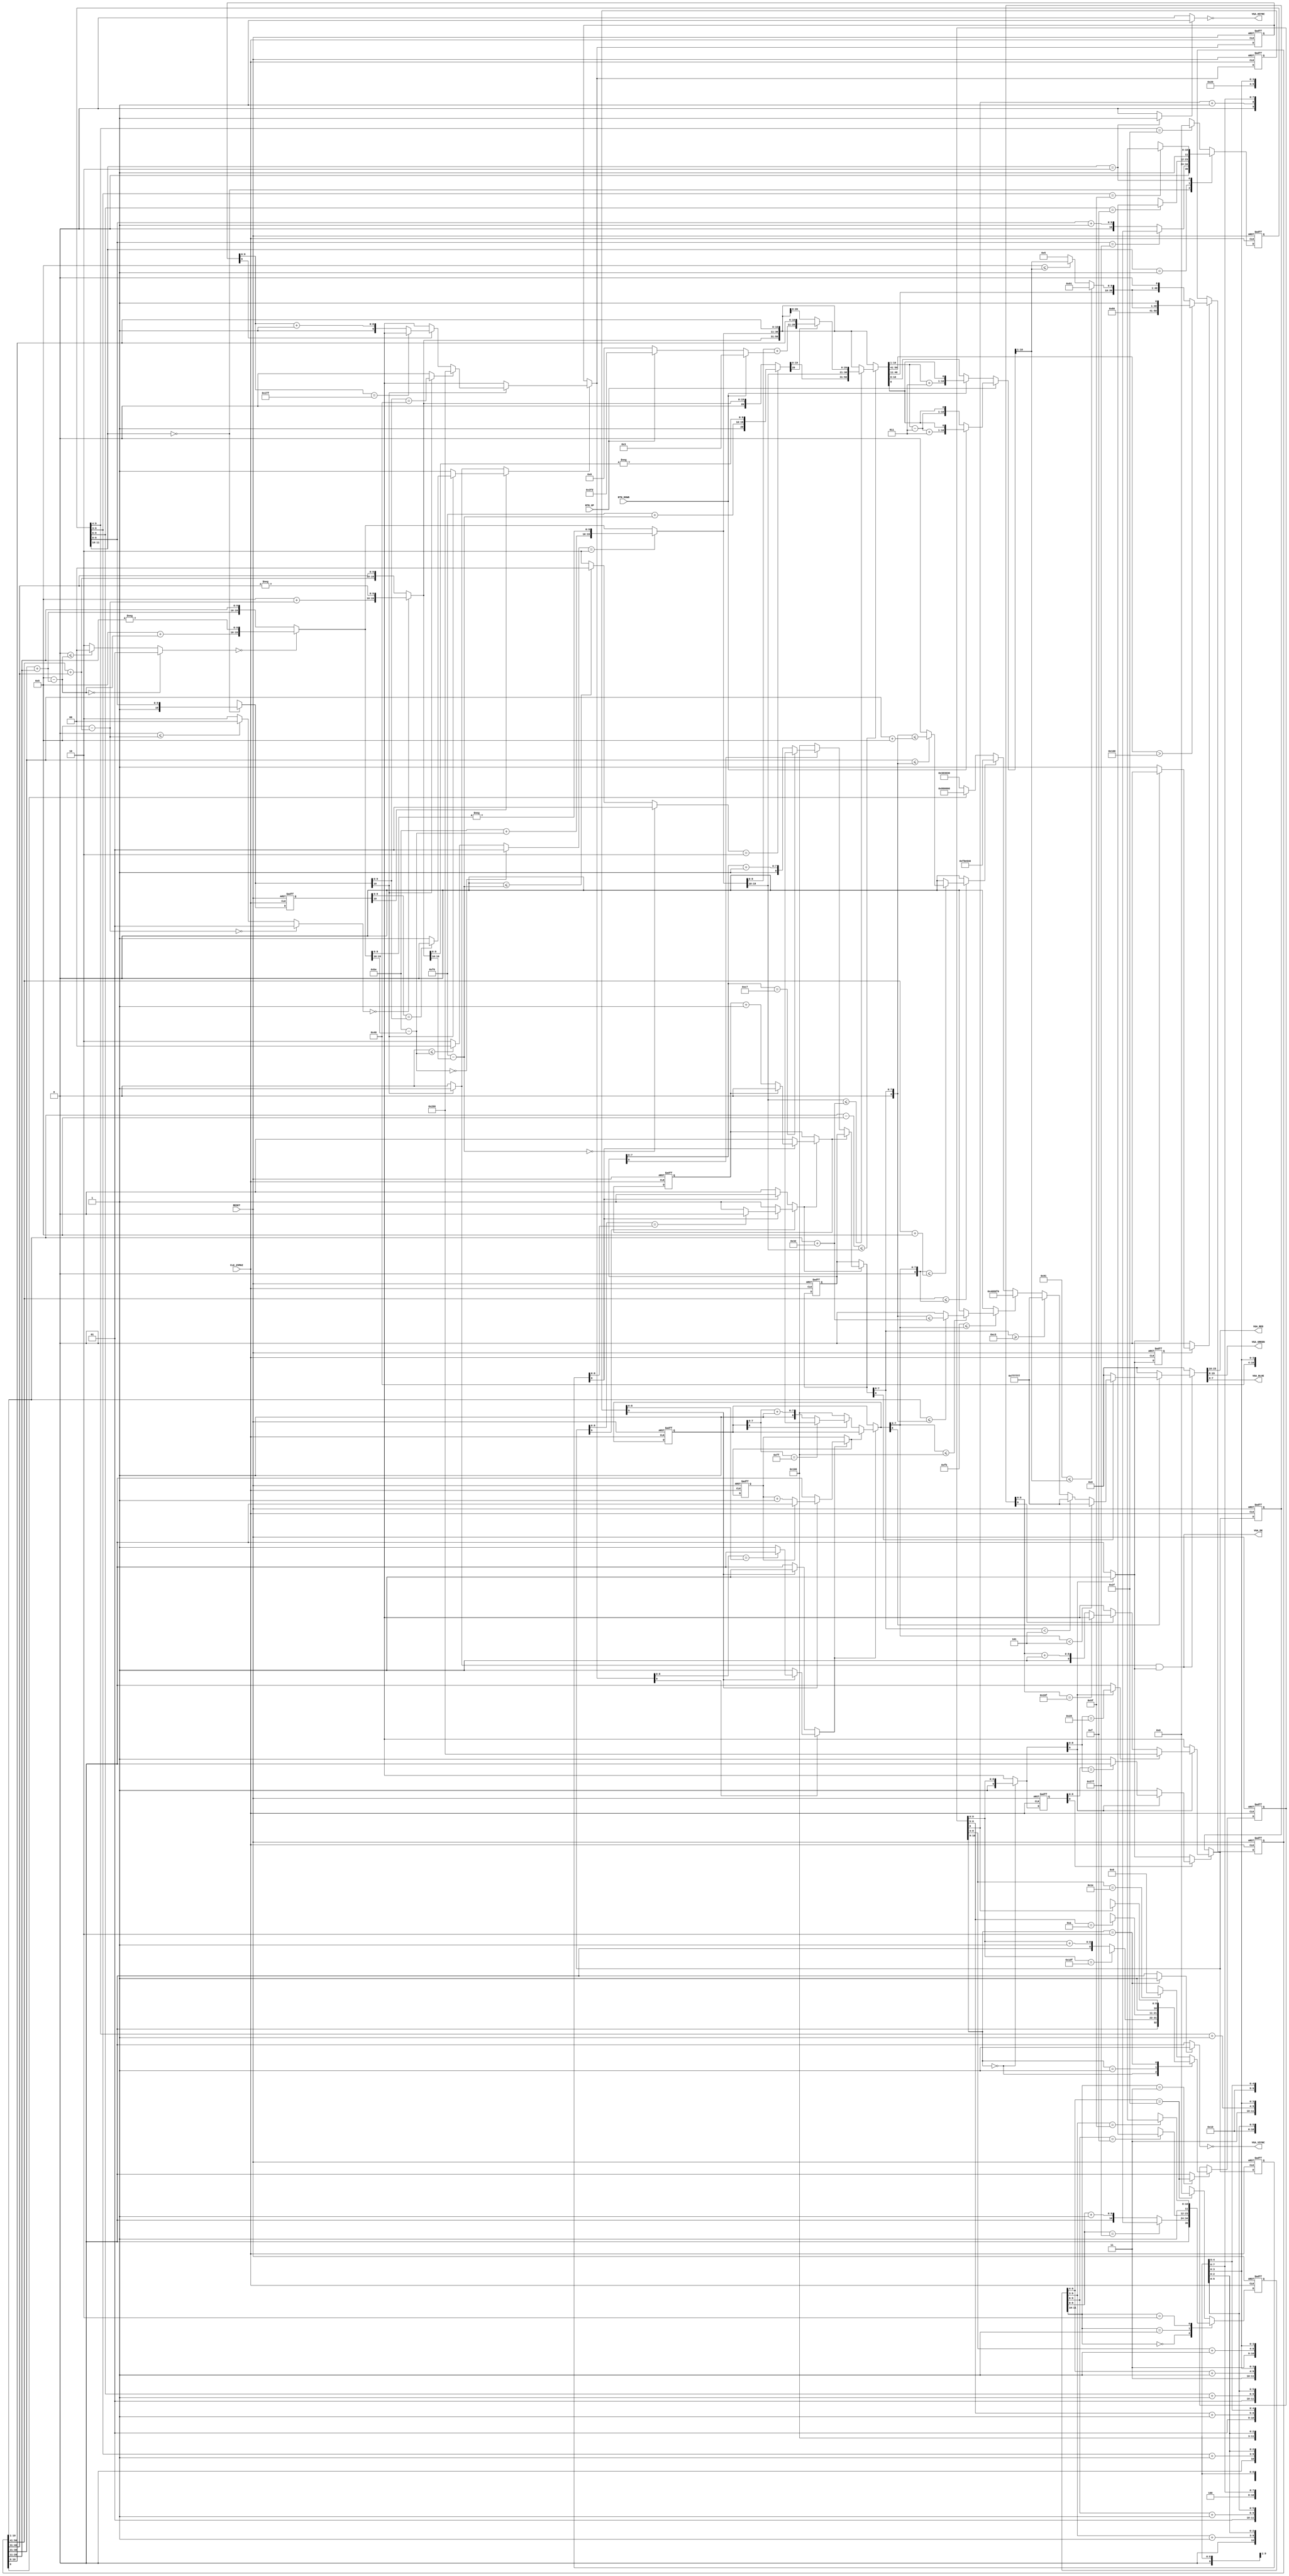
/* AUTOMATICALLY GENERATED VERILOG-2001 SOURCE CODE.
** GENERATED BY CLASH 1.4.3. DO NOT MODIFY.
*/
`timescale 100fs/100fs
module topEntity
    ( // Inputs
      input  CLK_25MHZ // clock
    , input  RESET // reset
    , input  BTN_UP
    , input  BTN_DOWN

      // Outputs
    , output wire  VGA_HSYNC
    , output wire  VGA_VSYNC
    , output wire  VGA_DE
    , output wire [7:0] VGA_RED
    , output wire [7:0] VGA_GREEN
    , output wire [7:0] VGA_BLUE
    );
  wire [23:0] result;
  wire  c$app_arg;
  reg [9:0] vgaY;
  wire  c$app_arg_0;
  reg [10:0] vgaX;
  wire [0:0] c$app_arg_1;
  reg  eta;
  wire [0:0] c$app_arg_2;
  reg  eta_0;
  wire [8:0] coord;
  reg  result_0;
  wire [10:0] c$case_alt;
  wire [10:0] c$case_alt_0;
  wire [10:0] c$case_alt_1;
  wire [10:0] c$case_alt_2;
  reg [10:0] result_1;
  reg [11:0] result_2;
  wire [5:0] cnt;
  wire [11:0] c$case_alt_3;
  wire [6:0] cnt_0;
  wire [11:0] c$case_alt_4;
  wire [3:0] cnt_1;
  wire [11:0] c$case_alt_5;
  wire [9:0] cnt_2;
  wire [11:0] c$case_alt_6;
  reg [11:0] result_3 = {2'b00,10'd0};
  wire [5:0] cnt_3;
  wire [8:0] cnt_4;
  wire [3:0] cnt_5;
  wire [0:0] cnt_6;
  wire [4:0] cnt_7;
  reg [10:0] result_4 = {2'b00,9'd0};
  wire [9:0] coord_0;
  reg [11:0] result_5;
  wire [5:0] cnt_8;
  wire [11:0] c$case_alt_7;
  wire [6:0] cnt_9;
  wire [11:0] c$case_alt_8;
  wire [3:0] cnt_10;
  wire [11:0] c$case_alt_9;
  wire [9:0] cnt_11;
  wire [11:0] c$case_alt_10;
  reg [11:0] result_6 = {2'b00,10'd0};
  reg [10:0] c$b_app_arg = {1'b0,10'bxxxxxxxxxx};
  wire  c$case_alt_11;
  wire  c$case_alt_12;
  wire  c$case_alt_13;
  wire [9:0] a1;
  wire [9:0] b1;
  wire  result_7;
  wire [9:0] c$f2_case_alt;
  wire  c$f2_case_scrut;
  wire [9:0] c$f2_case_alt_0;
  wire [9:0] result_8;
  wire [9:0] result_9;
  wire [8:0] x;
  reg [9:0] r = {1'b0,9'bxxxxxxxxx};
  wire [9:0] a1_0;
  wire  b;
  wire  b_0;
  wire [9:0] f2;
  wire [10:0] result_10;
  wire [1:0] result_11;
  wire  b_1;
  wire [7:0] x_0;
  reg [8:0] scaled = {1'b0,8'bxxxxxxxx};
  wire [8:0] result_12;
  wire [8:0] result_13;
  wire  b_2;
  wire [8:0] c$f2_case_alt_1;
  wire [8:0] c$f2_case_alt_2;
  reg [0:0] counter = 1'd0;
  wire [0:0] result_14;
  wire  b_3;
  wire  c$case_alt_14;
  wire  c$case_alt_15;
  wire  c$case_alt_16;
  wire [8:0] a1_1;
  wire [8:0] b1_0;
  wire  result_15;
  wire [0:0] result_16;
  wire [0:0] f2_0;
  wire  b_4;
  reg [9:0] prev = {1'b0,9'bxxxxxxxxx};
  reg [9:0] c$b_app_arg_0 = {1'b0,9'bxxxxxxxxx};
  wire  c$case_alt_17;
  wire  c$case_alt_18;
  wire  c$case_alt_19;
  wire [8:0] a1_2;
  wire [8:0] b1_1;
  wire  result_17;
  wire [9:0] c$f2_case_alt_3;
  wire  c$f2_case_scrut_0;
  wire [9:0] c$f2_case_alt_4;
  wire [9:0] result_18;
  wire [9:0] result_19;
  wire [8:0] x_1;
  reg [9:0] r_0 = {1'b0,9'bxxxxxxxxx};
  wire [8:0] a1_3;
  wire  b_5;
  wire  b_6;
  wire [9:0] f2_1;
  wire [10:0] result_20;
  wire [1:0] result_21;
  wire  b_7;
  wire [7:0] x_2;
  reg [8:0] scaled_0 = {1'b0,8'bxxxxxxxx};
  wire [8:0] result_22;
  wire [8:0] result_23;
  wire  b_8;
  wire [8:0] c$f2_case_alt_5;
  wire [8:0] c$f2_case_alt_6;
  reg [0:0] counter_0 = 1'd0;
  wire [0:0] result_24;
  wire  b_9;
  wire  c$case_alt_20;
  wire  c$case_alt_21;
  wire  c$case_alt_22;
  wire [8:0] a1_4;
  wire [8:0] b1_2;
  wire  result_25;
  wire [0:0] result_26;
  wire [0:0] f2_2;
  wire  b_10;
  reg [9:0] prev_0 = {1'b0,9'bxxxxxxxxx};
  // src/Pong.hs:25:1-9
  wire  c$st_case_alt;
  wire  result_27;
  // src/Pong/Game.hs:75:1-11
  wire [1:0] inp;
  wire [50:0] result_28;
  wire [50:0] c$case_alt_23;
  // src/Pong/Game.hs:75:1-11
  wire signed [9:0] x_3;
  // src/Pong/Game.hs:75:1-11
  wire signed [9:0] x3;
  // src/Pong/Game.hs:75:1-11
  wire [19:0] x2;
  // src/Pong/Game.hs:75:1-11
  wire [19:0] x1;
  // src/Pong/Game.hs:75:1-11
  wire [19:0] x1_0;
  // src/Pong/Game.hs:75:1-11
  wire [19:0] x2_0;
  // src/Pong/Game.hs:75:1-11
  wire signed [9:0] x3_0;
  // src/Pong/Game.hs:75:1-11
  wire  x4;
  wire [50:0] c$case_alt_24;
  wire signed [9:0] c$app_arg_3;
  wire signed [9:0] c$case_alt_25;
  wire [50:0] c$updateState_$jOut_app_arg;
  wire [50:0] c$updateState_$jOut_case_alt;
  wire [50:0] c$updateState_$jOut_case_alt_0;
  // src/Pong/Game.hs:75:1-11
  wire  x4_0;
  // src/Pong/Game.hs:75:1-11
  wire [19:0] x2_1;
  // src/Pong/Game.hs:75:1-11
  wire [19:0] x1_1;
  wire signed [9:0] c$updateState_$jOut_app_arg_0;
  // src/Pong/Game.hs:75:1-11
  wire signed [9:0] x3_1;
  wire [50:0] result_29;
  wire [50:0] c$app_arg_app_arg_case_alt;
  wire [50:0] c$app_arg_app_arg_case_alt_0;
  // src/Pong/Game.hs:75:1-11
  wire  s3;
  // src/Pong/Game.hs:75:1-11
  wire signed [9:0] nudge;
  // src/Pong/Game.hs:75:1-11
  wire signed [9:0] c$nudge_case_alt;
  // src/Pong/Game.hs:75:1-11
  wire [19:0] a3;
  reg [20:0] c$updateState_$sreflectM_$jOut;
  wire signed [9:0] dx;
  wire [1:0] c$updateState_$sreflectM_$jOut_app_arg;
  wire [1:0] c$updateState_$sreflectM_$jOut_case_alt;
  wire signed [9:0] diff;
  wire signed [9:0] x_4;
  // src/Pong/Game.hs:75:1-11
  wire  x4_1;
  wire [19:0] eta1;
  reg [20:0] c$updateState_$sreflectM_$jOut_0;
  wire signed [9:0] dx_0;
  wire [1:0] c$updateState_$sreflectM_$jOut_app_arg_0;
  wire [1:0] c$updateState_$sreflectM_$jOut_case_alt_0;
  wire signed [9:0] diff_0;
  wire signed [9:0] x_5;
  // src/Pong/Game.hs:75:1-11
  wire signed [9:0] dx1;
  // src/Pong/Game.hs:75:1-11
  wire signed [9:0] x7;
  // src/Pong/Game.hs:75:1-11
  wire [19:0] x1_2;
  // src/Pong/Game.hs:75:1-11
  wire signed [9:0] y;
  // src/Pong/Game.hs:75:1-11
  wire [19:0] a2;
  reg [20:0] c$updateState_$sreflectM_$jOut_1;
  wire signed [9:0] dx_1;
  wire [1:0] c$updateState_$sreflectM_$jOut_app_arg_1;
  wire [1:0] c$updateState_$sreflectM_$jOut_case_alt_1;
  wire signed [9:0] diff_1;
  wire signed [9:0] x_6;
  // src/Pong/Game.hs:75:1-11
  wire [19:0] \s' ;
  wire [19:0] eta1_0;
  reg [20:0] c$updateState_$sreflectM_$jOut_2;
  wire signed [9:0] dx_2;
  wire [1:0] c$updateState_$sreflectM_$jOut_app_arg_2;
  wire [1:0] c$updateState_$sreflectM_$jOut_case_alt_2;
  wire signed [9:0] diff_2;
  wire signed [9:0] x_7;
  // src/Pong/Game.hs:75:1-11
  wire signed [9:0] dx_3;
  // src/Pong/Game.hs:75:1-11
  wire signed [9:0] x_8;
  // src/Pong/Game.hs:75:1-11
  wire [19:0] x2_2;
  // src/Pong/Game.hs:75:1-11
  wire signed [9:0] x3_2;
  // src/Pong/Video.hs:19:1-4
  wire signed [31:0] c$x_app_arg;
  // src/Pong/Video.hs:19:1-4
  wire signed [31:0] c$y_app_arg;
  wire  c$case_alt_26;
  wire  c$case_alt_27;
  wire  result_30;
  // src/Pong/Video.hs:19:1-4
  wire signed [9:0] x0;
  // src/Pong/Video.hs:19:1-4
  wire signed [9:0] y0;
  wire  c$case_alt_28;
  wire  c$case_alt_29;
  wire  c$case_alt_30;
  wire [23:0] c$case_alt_31;
  wire [23:0] c$case_alt_32;
  wire [23:0] c$case_alt_33;
  wire [23:0] c$case_alt_34;
  wire [23:0] result_31;
  wire [23:0] result_32;
  // src/Pong/Video.hs:19:1-4
  wire signed [9:0] x_9;
  // src/Pong/Video.hs:19:1-4
  wire signed [9:0] y_0;
  // src/Pong.hs:25:1-9
  wire signed [31:0] c$ds4_app_arg;
  // src/Pong.hs:25:1-9
  wire signed [31:0] c$ds4_app_arg_0;
  // src/Pong.hs:25:1-9
  wire signed [31:0] c$ds4_app_arg_1;
  // src/Pong.hs:25:1-9
  wire [15:0] c$ds3_case_alt;
  wire [23:0] c$case_alt_35;
  wire [23:0] result_33;
  wire [23:0] result_34;
  wire  b1_3;
  // src/Pong.hs:25:1-9
  wire [7:0] a2_0;
  // src/Pong.hs:25:1-9
  wire [7:0] b2;
  // src/Pong.hs:25:1-9
  wire [8:0] eta4;
  // src/Pong.hs:25:1-9
  wire [8:0] eta5;
  // src/Pong.hs:25:1-9
  wire [7:0] x1_3;
  // src/Pong.hs:25:1-9
  wire [7:0] y1;
  // src/Pong.hs:25:1-9
  reg  old = 1'b0;
  // src/Pong.hs:25:1-9
  wire [15:0] b_11;
  // src/Pong.hs:25:1-9
  wire [7:0] a3_0;
  // src/Pong.hs:25:1-9
  wire [7:0] a3_1;
  // src/Pong.hs:25:1-9
  wire [7:0] a4;
  // src/Pong.hs:25:1-9
  wire [7:0] a5;
  // src/Pong.hs:25:1-9
  wire [15:0] b1_4;
  // src/Pong.hs:25:1-9
  wire [7:0] a1_5;
  // src/Pong.hs:25:1-9
  wire [7:0] b1_5;
  wire [31:0] \x# ;
  wire [31:0] \x#_0 ;
  wire [31:0] \x#_1 ;
  // src/Pong.hs:25:1-9
  reg [50:0] st = {{10'sd10,   10'sd2},   {10'sd100,   10'sd3},   10'sd100,   1'b0};
  // src/Pong.hs:25:1-9
  wire [23:0] ds4;
  // src/Pong.hs:25:1-9
  wire  s;
  wire [10:0] c$case_alt_selection_14;
  wire [10:0] c$case_alt_selection_17;
  wire [10:0] c$f2_case_scrut_selection_1;
  wire [10:0] b_selection_1;
  wire [9:0] c$case_alt_selection_24;
  wire [9:0] c$case_alt_selection_27;
  wire [9:0] c$f2_case_scrut_selection_4;
  wire [9:0] b_selection_6;
  wire [9:0] s_selection_1;
  wire [26:0] VGA;
  wire [2:0] VGA_0;

  assign result = {{~ (c$app_arg_2),
                    ~ (c$app_arg_1),   c$app_arg_0 & c$app_arg},
                   vgaX,   vgaY};

  assign c$app_arg = vgaY[9:9] ? 1'b1 : 1'b0;

  always @(*) begin
    case(result_4[10:9])
      2'b00 : vgaY = {1'b1,coord};
      default : vgaY = {1'b0,9'bxxxxxxxxx};
    endcase
  end

  assign c$app_arg_0 = vgaX[10:10] ? 1'b1 : 1'b0;

  always @(*) begin
    case(result_6[11:10])
      2'b00 : vgaX = {1'b1,coord_0};
      default : vgaX = {1'b0,10'bxxxxxxxxxx};
    endcase
  end

  assign c$app_arg_1 = eta ? 1'b1 : 1'b0;

  always @(*) begin
    case(result_4[10:9])
      2'b10 : eta = 1'b1;
      default : eta = 1'b0;
    endcase
  end

  assign c$app_arg_2 = eta_0 ? 1'b1 : 1'b0;

  always @(*) begin
    case(result_6[11:10])
      2'b10 : eta_0 = 1'b1;
      default : eta_0 = 1'b0;
    endcase
  end

  assign coord = result_4[8:0];

  always @(*) begin
    case(result_3[11:10])
      2'b11 : result_0 = cnt_3 == 6'd47;
      default : result_0 = 1'b0;
    endcase
  end

  assign c$case_alt = (cnt_4 == 9'd479) ? {2'b01,4'd0,5'bxxxxx} : {2'b00,cnt_4 + 9'd1};

  assign c$case_alt_0 = (cnt_5 == 4'd10) ? {2'b10,1'd0,8'bxxxxxxxx} : {2'b01,cnt_5 + 4'd1,5'bxxxxx};

  assign c$case_alt_1 = (cnt_6 == 1'd1) ? {2'b11,5'd0,4'bxxxx} : {2'b10,cnt_6 + 1'd1,8'bxxxxxxxx};

  assign c$case_alt_2 = (cnt_7 == 5'd30) ? {2'b00,9'd0} : {2'b11,cnt_7 + 5'd1,4'bxxxx};

  always @(*) begin
    case(result_4[10:9])
      2'b00 : result_1 = c$case_alt;
      2'b01 : result_1 = c$case_alt_0;
      2'b10 : result_1 = c$case_alt_1;
      default : result_1 = c$case_alt_2;
    endcase
  end

  always @(*) begin
    case(result_3[11:10])
      2'b00 : result_2 = c$case_alt_6;
      2'b01 : result_2 = c$case_alt_5;
      2'b10 : result_2 = c$case_alt_4;
      default : result_2 = c$case_alt_3;
    endcase
  end

  assign cnt = result_3[9:4];

  assign c$case_alt_3 = (cnt == 6'd47) ? {2'b00,10'd0} : {2'b11,cnt + 6'd1,4'bxxxx};

  assign cnt_0 = result_3[9:3];

  assign c$case_alt_4 = (cnt_0 == 7'd95) ? {2'b11,6'd0,4'bxxxx} : {2'b10,cnt_0 + 7'd1,3'bxxx};

  assign cnt_1 = result_3[9:6];

  assign c$case_alt_5 = (cnt_1 == 4'd15) ? {2'b10,7'd0,3'bxxx} : {2'b01,cnt_1 + 4'd1,6'bxxxxxx};

  assign cnt_2 = result_3[9:0];

  assign c$case_alt_6 = (cnt_2 == 10'd639) ? {2'b01,4'd0,6'bxxxxxx} : {2'b00,cnt_2 + 10'd1};

  // register begin
  always @(posedge CLK_25MHZ or  posedge  RESET) begin : result_3_register
    if ( RESET) begin
      result_3 <= {2'b00,10'd0};
    end else begin
      result_3 <= result_2;
    end
  end
  // register end

  assign cnt_3 = result_3[9:4];

  assign cnt_4 = result_4[8:0];

  assign cnt_5 = result_4[8:5];

  assign cnt_6 = result_4[8:8];

  assign cnt_7 = result_4[8:4];

  // register begin
  always @(posedge CLK_25MHZ or  posedge  RESET) begin : result_4_register
    if ( RESET) begin
      result_4 <= {2'b00,9'd0};
    end else if (result_0) begin
      result_4 <= result_1;
    end
  end
  // register end

  assign coord_0 = result_6[9:0];

  always @(*) begin
    case(result_6[11:10])
      2'b00 : result_5 = c$case_alt_10;
      2'b01 : result_5 = c$case_alt_9;
      2'b10 : result_5 = c$case_alt_8;
      default : result_5 = c$case_alt_7;
    endcase
  end

  assign cnt_8 = result_6[9:4];

  assign c$case_alt_7 = (cnt_8 == 6'd47) ? {2'b00,10'd0} : {2'b11,cnt_8 + 6'd1,4'bxxxx};

  assign cnt_9 = result_6[9:3];

  assign c$case_alt_8 = (cnt_9 == 7'd95) ? {2'b11,6'd0,4'bxxxx} : {2'b10,cnt_9 + 7'd1,3'bxxx};

  assign cnt_10 = result_6[9:6];

  assign c$case_alt_9 = (cnt_10 == 4'd15) ? {2'b10,7'd0,3'bxxx} : {2'b01,cnt_10 + 4'd1,6'bxxxxxx};

  assign cnt_11 = result_6[9:0];

  assign c$case_alt_10 = (cnt_11 == 10'd639) ? {2'b01,4'd0,6'bxxxxxx} : {2'b00,cnt_11 + 10'd1};

  // register begin
  always @(posedge CLK_25MHZ or  posedge  RESET) begin : result_6_register
    if ( RESET) begin
      result_6 <= {2'b00,10'd0};
    end else begin
      result_6 <= result_5;
    end
  end
  // register end

  // register begin
  always @(posedge CLK_25MHZ or  posedge  RESET) begin : c$b_app_arg_register
    if ( RESET) begin
      c$b_app_arg <= {1'b0,10'bxxxxxxxxxx};
    end else begin
      c$b_app_arg <= result[20:10];
    end
  end
  // register end

  assign c$case_alt_11 = (a1 == b1) ? 1'b0 : 1'b1;

  assign c$case_alt_selection_14 = result[20:10];

  assign c$case_alt_12 = c$case_alt_selection_14[10:10] ? 1'b1 : 1'b0;

  assign c$case_alt_selection_17 = result[20:10];

  assign c$case_alt_13 = c$case_alt_selection_17[10:10] ? c$case_alt_11 : 1'b1;

  assign a1 = c$b_app_arg[9:0];

  assign b1 = result[19:10];

  assign result_7 = c$b_app_arg[10:10] ? c$case_alt_13 : c$case_alt_12;

  assign c$f2_case_alt = (x == 9'd511) ? {1'b0,9'bxxxxxxxxx} : {1'b1,x + 9'd1};

  assign c$f2_case_scrut_selection_1 = result[20:10];

  assign c$f2_case_scrut = c$f2_case_scrut_selection_1[10:10] ? (a1_0 == 10'd64) : 1'b0;

  assign c$f2_case_alt_0 = r[9:9] ? c$f2_case_alt : {1'b0,9'bxxxxxxxxx};

  assign result_8 = b_0 ? {1'b0,9'bxxxxxxxxx} : f2;

  assign result_9 = b ? r : result_8;

  assign x = r[8:0];

  // register begin
  always @(posedge CLK_25MHZ or  posedge  RESET) begin : r_register
    if ( RESET) begin
      r <= {1'b0,9'bxxxxxxxxx};
    end else begin
      r <= result_9;
    end
  end
  // register end

  assign a1_0 = result[19:10];

  assign b = ~ result_7;

  assign b_selection_1 = result[20:10];

  assign b_0 = b_selection_1[10:10] ? 1'b0 : 1'b1;

  assign f2 = c$f2_case_scrut ? {1'b1,9'd0} : c$f2_case_alt_0;

  assign result_10 = {result_12,   result_11};

  assign result_11 = b_1 ? {1'b1,result_14} : {1'b0,1'bx};

  assign b_1 = result_12[8:8] ? 1'b1 : 1'b0;

  assign x_0 = scaled[7:0];

  // register begin
  always @(posedge CLK_25MHZ or  posedge  RESET) begin : scaled_register
    if ( RESET) begin
      scaled <= {1'b0,8'bxxxxxxxx};
    end else begin
      scaled <= result_12;
    end
  end
  // register end

  assign result_12 = b_3 ? scaled : result_13;

  assign result_13 = b_2 ? c$f2_case_alt_1 : scaled;

  assign b_2 = result_14 == 1'd0;

  assign c$f2_case_alt_1 = scaled[8:8] ? c$f2_case_alt_2 : {1'b1,8'd0};

  assign c$f2_case_alt_2 = (x_0 == 8'd255) ? {1'b0,8'bxxxxxxxx} : {1'b1,x_0 + 8'd1};

  // register begin
  always @(posedge CLK_25MHZ or  posedge  RESET) begin : counter_register
    if ( RESET) begin
      counter <= 1'd0;
    end else begin
      counter <= result_14;
    end
  end
  // register end

  assign result_14 = b_3 ? counter : result_16;

  assign b_3 = ~ result_15;

  assign c$case_alt_14 = (a1_1 == b1_0) ? 1'b0 : 1'b1;

  assign c$case_alt_15 = prev[9:9] ? 1'b1 : 1'b0;

  assign c$case_alt_16 = prev[9:9] ? c$case_alt_14 : 1'b1;

  assign a1_1 = result_9[8:0];

  assign b1_0 = prev[8:0];

  assign result_15 = result_9[9:9] ? c$case_alt_16 : c$case_alt_15;

  assign result_16 = b_4 ? 1'd0 : f2_0;

  assign f2_0 = (counter == 1'd1) ? 1'd0 : (counter + 1'd1);

  assign b_4 = prev[9:9] ? 1'b0 : 1'b1;

  // register begin
  always @(posedge CLK_25MHZ or  posedge  RESET) begin : prev_register
    if ( RESET) begin
      prev <= {1'b0,9'bxxxxxxxxx};
    end else begin
      prev <= result_9;
    end
  end
  // register end

  // register begin
  always @(posedge CLK_25MHZ or  posedge  RESET) begin : c$b_app_arg_0_register
    if ( RESET) begin
      c$b_app_arg_0 <= {1'b0,9'bxxxxxxxxx};
    end else begin
      c$b_app_arg_0 <= result[9:0];
    end
  end
  // register end

  assign c$case_alt_17 = (a1_2 == b1_1) ? 1'b0 : 1'b1;

  assign c$case_alt_selection_24 = result[9:0];

  assign c$case_alt_18 = c$case_alt_selection_24[9:9] ? 1'b1 : 1'b0;

  assign c$case_alt_selection_27 = result[9:0];

  assign c$case_alt_19 = c$case_alt_selection_27[9:9] ? c$case_alt_17 : 1'b1;

  assign a1_2 = c$b_app_arg_0[8:0];

  assign b1_1 = result[8:0];

  assign result_17 = c$b_app_arg_0[9:9] ? c$case_alt_19 : c$case_alt_18;

  assign c$f2_case_alt_3 = (x_1 == 9'd399) ? {1'b0,9'bxxxxxxxxx} : {1'b1,x_1 + 9'd1};

  assign c$f2_case_scrut_selection_4 = result[9:0];

  assign c$f2_case_scrut_0 = c$f2_case_scrut_selection_4[9:9] ? (a1_3 == 9'd40) : 1'b0;

  assign c$f2_case_alt_4 = r_0[9:9] ? c$f2_case_alt_3 : {1'b0,9'bxxxxxxxxx};

  assign result_18 = b_6 ? {1'b0,9'bxxxxxxxxx} : f2_1;

  assign result_19 = b_5 ? r_0 : result_18;

  assign x_1 = r_0[8:0];

  // register begin
  always @(posedge CLK_25MHZ or  posedge  RESET) begin : r_0_register
    if ( RESET) begin
      r_0 <= {1'b0,9'bxxxxxxxxx};
    end else begin
      r_0 <= result_19;
    end
  end
  // register end

  assign a1_3 = result[8:0];

  assign b_5 = ~ result_17;

  assign b_selection_6 = result[9:0];

  assign b_6 = b_selection_6[9:9] ? 1'b0 : 1'b1;

  assign f2_1 = c$f2_case_scrut_0 ? {1'b1,9'd0} : c$f2_case_alt_4;

  assign result_20 = {result_22,   result_21};

  assign result_21 = b_7 ? {1'b1,result_24} : {1'b0,1'bx};

  assign b_7 = result_22[8:8] ? 1'b1 : 1'b0;

  assign x_2 = scaled_0[7:0];

  // register begin
  always @(posedge CLK_25MHZ or  posedge  RESET) begin : scaled_0_register
    if ( RESET) begin
      scaled_0 <= {1'b0,8'bxxxxxxxx};
    end else begin
      scaled_0 <= result_22;
    end
  end
  // register end

  assign result_22 = b_9 ? scaled_0 : result_23;

  assign result_23 = b_8 ? c$f2_case_alt_5 : scaled_0;

  assign b_8 = result_24 == 1'd0;

  assign c$f2_case_alt_5 = scaled_0[8:8] ? c$f2_case_alt_6 : {1'b1,8'd0};

  assign c$f2_case_alt_6 = (x_2 == 8'd199) ? {1'b0,8'bxxxxxxxx} : {1'b1,x_2 + 8'd1};

  // register begin
  always @(posedge CLK_25MHZ or  posedge  RESET) begin : counter_0_register
    if ( RESET) begin
      counter_0 <= 1'd0;
    end else begin
      counter_0 <= result_24;
    end
  end
  // register end

  assign result_24 = b_9 ? counter_0 : result_26;

  assign b_9 = ~ result_25;

  assign c$case_alt_20 = (a1_4 == b1_2) ? 1'b0 : 1'b1;

  assign c$case_alt_21 = prev_0[9:9] ? 1'b1 : 1'b0;

  assign c$case_alt_22 = prev_0[9:9] ? c$case_alt_20 : 1'b1;

  assign a1_4 = result_19[8:0];

  assign b1_2 = prev_0[8:0];

  assign result_25 = result_19[9:9] ? c$case_alt_22 : c$case_alt_21;

  assign result_26 = b_10 ? 1'd0 : f2_2;

  assign f2_2 = (counter_0 == 1'd1) ? 1'd0 : (counter_0 + 1'd1);

  assign b_10 = prev_0[9:9] ? 1'b0 : 1'b1;

  // register begin
  always @(posedge CLK_25MHZ or  posedge  RESET) begin : prev_0_register
    if ( RESET) begin
      prev_0 <= {1'b0,9'bxxxxxxxxx};
    end else begin
      prev_0 <= result_19;
    end
  end
  // register end

  assign c$st_case_alt = s ? 1'b0 : 1'b1;

  assign result_27 = old ? c$st_case_alt : 1'b0;

  assign inp = {(BTN_UP) == 1'b1,
                (BTN_DOWN) == 1'b1};

  assign result_28 = c$case_alt_23;

  assign c$case_alt_23 = (x_3 > 10'sd256) ? {{10'sd128,
                                              $signed(x1[9:0])},   x2,   x3,   1'b1} : {x1,
                                                                                        x2,   x3,   1'b0};

  assign x_3 = $signed(x1[19:10]);

  assign x3 = $signed(c$case_alt_24[10:1]);

  assign x2 = c$case_alt_24[30:11];

  assign x1 = c$case_alt_24[50:31];

  assign x1_0 = c$updateState_$jOut_app_arg[50:31];

  assign x2_0 = c$updateState_$jOut_app_arg[30:11];

  assign x3_0 = $signed(c$updateState_$jOut_app_arg[10:1]);

  assign x4 = c$updateState_$jOut_app_arg[0:0];

  assign c$case_alt_24 = {x1_0,   x2_0,
                          c$app_arg_3,   x4};

  assign c$app_arg_3 = (10'sd145 <= x3_0) ? 10'sd145 : c$case_alt_25;

  assign c$case_alt_25 = (10'sd5 <= x3_0) ? x3_0 : 10'sd5;

  assign c$updateState_$jOut_app_arg = inp[1:1] ? c$updateState_$jOut_case_alt_0 : c$updateState_$jOut_case_alt;

  assign c$updateState_$jOut_case_alt = inp[0:0] ? {x1_1,
                                                    x2_1,   x3_1 + 10'sd3,   x4_0} : result_29;

  assign c$updateState_$jOut_case_alt_0 = inp[0:0] ? {x1_1,
                                                      x2_1,
                                                      c$updateState_$jOut_app_arg_0 + 10'sd3,
                                                      x4_0} : {x1_1,   x2_1,
                                                               c$updateState_$jOut_app_arg_0,   x4_0};

  assign x4_0 = result_29[0:0];

  assign x2_1 = result_29[30:11];

  assign x1_1 = result_29[50:31];

  assign c$updateState_$jOut_app_arg_0 = x3_1 - 10'sd3;

  assign x3_1 = $signed(result_29[10:1]);

  assign result_29 = ((x3_2 - 10'sd5) <= y) ? c$app_arg_app_arg_case_alt : {c$updateState_$sreflectM_$jOut_0[19:0],
                                                                            a2,   x3_2,   x4_1};

  assign c$app_arg_app_arg_case_alt = (y <= (x3_2 + 10'sd50)) ? c$app_arg_app_arg_case_alt_0 : {c$updateState_$sreflectM_$jOut_0[19:0],
                                                                                                a2,   x3_2,   x4_1};

  assign c$app_arg_app_arg_case_alt_0 = s3 ? {a3,
                                              {y,   $signed(a2[9:0]) + nudge},   x3_2,
                                              x4_1} : {a3,   a2,   x3_2,   x4_1};

  assign s3 = c$updateState_$sreflectM_$jOut[20:20];

  assign nudge = inp[0:0] ? 10'sd3 : c$nudge_case_alt;

  assign c$nudge_case_alt = inp[1:1] ? -10'sd3 : 10'sd0;

  assign a3 = c$updateState_$sreflectM_$jOut[19:0];

  always @(*) begin
    case(c$updateState_$sreflectM_$jOut_app_arg)
      2'b10 : c$updateState_$sreflectM_$jOut = {1'b1,
                                                {10'sd246 + diff,   -dx}};
      default : c$updateState_$sreflectM_$jOut = {1'b0,
                                                  c$updateState_$sreflectM_$jOut_0[19:0]};
    endcase
  end

  assign dx = $signed(c$updateState_$sreflectM_$jOut_0[9:0]);

  assign c$updateState_$sreflectM_$jOut_app_arg = (10'sd0 == diff) ? 2'd1 : c$updateState_$sreflectM_$jOut_case_alt;

  assign c$updateState_$sreflectM_$jOut_case_alt = (10'sd0 <= diff) ? 2'd0 : 2'd2;

  assign diff = 10'sd246 - x_4;

  assign x_4 = $signed(c$updateState_$sreflectM_$jOut_0[19:10]);

  assign x4_1 = st[0:0];

  assign eta1 = {x7 + dx1,   dx1};

  always @(*) begin
    case(c$updateState_$sreflectM_$jOut_app_arg_0)
      2'b00 : c$updateState_$sreflectM_$jOut_0 = {1'b1,
                                                  {10'sd5 + diff_0,   -dx_0}};
      default : c$updateState_$sreflectM_$jOut_0 = {1'b0,
                                                    eta1};
    endcase
  end

  assign dx_0 = $signed(eta1[9:0]);

  assign c$updateState_$sreflectM_$jOut_app_arg_0 = (10'sd0 == diff_0) ? 2'd1 : c$updateState_$sreflectM_$jOut_case_alt_0;

  assign c$updateState_$sreflectM_$jOut_case_alt_0 = (10'sd0 <= diff_0) ? 2'd0 : 2'd2;

  assign diff_0 = 10'sd5 - x_5;

  assign x_5 = $signed(eta1[19:10]);

  assign dx1 = $signed(x1_2[9:0]);

  assign x7 = $signed(x1_2[19:10]);

  assign x1_2 = st[50:31];

  assign y = $signed(a2[19:10]);

  assign a2 = c$updateState_$sreflectM_$jOut_1[19:0];

  always @(*) begin
    case(c$updateState_$sreflectM_$jOut_app_arg_1)
      2'b10 : c$updateState_$sreflectM_$jOut_1 = {1'b1,
                                                  {10'sd190 + diff_1,   -dx_1}};
      default : c$updateState_$sreflectM_$jOut_1 = {1'b0,
                                                    \s' };
    endcase
  end

  assign dx_1 = $signed(\s' [9:0]);

  assign c$updateState_$sreflectM_$jOut_app_arg_1 = (10'sd0 == diff_1) ? 2'd1 : c$updateState_$sreflectM_$jOut_case_alt_1;

  assign c$updateState_$sreflectM_$jOut_case_alt_1 = (10'sd0 <= diff_1) ? 2'd0 : 2'd2;

  assign diff_1 = 10'sd190 - x_6;

  assign x_6 = $signed(\s' [19:10]);

  assign \s'  = c$updateState_$sreflectM_$jOut_2[19:0];

  assign eta1_0 = {x_8 + dx_3,   dx_3};

  always @(*) begin
    case(c$updateState_$sreflectM_$jOut_app_arg_2)
      2'b00 : c$updateState_$sreflectM_$jOut_2 = {1'b1,
                                                  {10'sd5 + diff_2,   -dx_2}};
      default : c$updateState_$sreflectM_$jOut_2 = {1'b0,
                                                    eta1_0};
    endcase
  end

  assign dx_2 = $signed(eta1_0[9:0]);

  assign c$updateState_$sreflectM_$jOut_app_arg_2 = (10'sd0 == diff_2) ? 2'd1 : c$updateState_$sreflectM_$jOut_case_alt_2;

  assign c$updateState_$sreflectM_$jOut_case_alt_2 = (10'sd0 <= diff_2) ? 2'd0 : 2'd2;

  assign diff_2 = 10'sd5 - x_7;

  assign x_7 = $signed(eta1_0[19:10]);

  assign dx_3 = $signed(x2_2[9:0]);

  assign x_8 = $signed(x2_2[19:10]);

  assign x2_2 = st[30:11];

  assign x3_2 = $signed(st[10:1]);

  assign c$x_app_arg = $unsigned({{(32-8) {1'b0}},x1_3});

  assign c$y_app_arg = $unsigned({{(32-8) {1'b0}},y1});

  assign c$case_alt_26 = (x_9 <= 10'sd256) ? c$case_alt_27 : 1'b0;

  assign c$case_alt_27 = ($signed(st[10:1]) <= y_0) ? (y_0 <= ($signed(st[10:1]) + 10'sd50)) : 1'b0;

  assign result_30 = (10'sd251 <= x_9) ? c$case_alt_26 : 1'b0;

  assign x0 = $signed(st[50:41]);

  assign y0 = $signed(st[30:21]);

  assign c$case_alt_28 = (x0 <= x_9) ? c$case_alt_29 : 1'b0;

  assign c$case_alt_29 = (x_9 <= (x0 + 10'sd5)) ? c$case_alt_30 : 1'b0;

  assign c$case_alt_30 = (y0 <= y_0) ? (y_0 <= (y0 + 10'sd5)) : 1'b0;

  assign c$case_alt_31 = st[0:0] ? {8'd128,
                                    8'd0,   8'd0} : {8'd48,   8'd48,   8'd48};

  assign c$case_alt_32 = c$case_alt_28 ? {8'd240,
                                          8'd224,   8'd64} : c$case_alt_31;

  assign c$case_alt_33 = result_30 ? {8'd64,
                                      8'd128,   8'd240} : c$case_alt_32;

  assign c$case_alt_34 = (y_0 >= 10'sd195) ? {8'd255,
                                              8'd255,   8'd255} : c$case_alt_33;

  assign result_31 = (y_0 < 10'sd5) ? {8'd255,
                                       8'd255,   8'd255} : c$case_alt_34;

  assign result_32 = (x_9 < 10'sd5) ? {8'd255,
                                       8'd255,   8'd255} : result_31;

  assign x_9 = $signed(c$x_app_arg[0+:10]);

  assign y_0 = $signed(c$y_app_arg[0+:10]);

  assign c$ds4_app_arg = $signed(\x# );

  assign c$ds4_app_arg_0 = $signed(\x#_0 );

  assign c$ds4_app_arg_1 = $signed(\x#_1 );

  assign c$ds3_case_alt = b_11;

  assign c$case_alt_35 = eta5[8:8] ? {a3_0,
                                      a1_5,   b1_5} : {8'd0,   8'd0,   8'd0};

  assign result_33 = eta4[8:8] ? c$case_alt_35 : {8'd0,
                                                  8'd0,   8'd0};

  assign result_34 = b1_3 ? {8'd0,   8'd0,
                             8'd0} : result_33;

  assign VGA = {result[23:21],
                result_34[23:16],   result_34[15:8],
                result_34[7:0]};

  assign b1_3 = ~ result[21:21];

  assign a2_0 = b1_4[15:8];

  assign b2 = b1_4[7:0];

  assign eta4 = result_10[10:2];

  assign eta5 = result_20[10:2];

  assign x1_3 = eta4[7:0];

  assign y1 = eta5[7:0];

  // register begin
  always @(posedge CLK_25MHZ or  posedge  RESET) begin : old_register
    if ( RESET) begin
      old <= 1'b0;
    end else begin
      old <= s;
    end
  end
  // register end

  assign b_11 = ds4[15:0];

  assign a3_0 = ds4[23:16];

  assign a3_1 = result_32[23:16];

  assign a4 = result_32[15:8];

  assign a5 = result_32[7:0];

  assign b1_4 = {a4,   a5};

  assign a1_5 = c$ds3_case_alt[15:8];

  assign b1_5 = c$ds3_case_alt[7:0];

  assign \x#  = a3_1;

  assign \x#_0  = a2_0;

  assign \x#_1  = b2;

  // register begin
  always @(posedge CLK_25MHZ or  posedge  RESET) begin : st_register
    if ( RESET) begin
      st <= {{10'sd10,   10'sd2},   {10'sd100,   10'sd3},   10'sd100,   1'b0};
    end else if (result_27) begin
      st <= result_28;
    end
  end
  // register end

  assign ds4 = ({($unsigned(c$ds4_app_arg[0+:8])),({($unsigned(c$ds4_app_arg_0[0+:8])),($unsigned(c$ds4_app_arg_1[0+:8]))})});

  assign s_selection_1 = result[9:0];

  assign s = s_selection_1[9:9] ? 1'b1 : 1'b0;

  assign VGA_0 = VGA[26:24];

  assign VGA_RED = VGA[23:16];

  assign VGA_GREEN = VGA[15:8];

  assign VGA_BLUE = VGA[7:0];

  assign VGA_HSYNC = VGA_0[2:2];

  assign VGA_VSYNC = VGA_0[1:1];

  assign VGA_DE = VGA_0[0:0];


endmodule